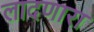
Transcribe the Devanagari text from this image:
लादणारा